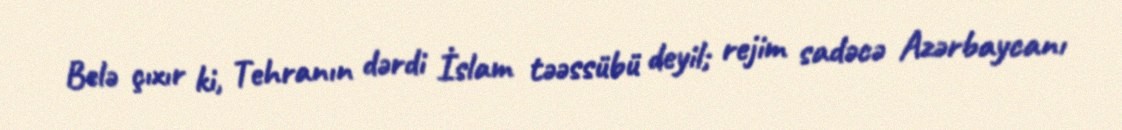
Belə çıxır ki, Tehranın dərdi İslam təəssübü deyil; rejim sadəcə Azərbaycanı